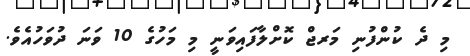
މި ދެ ކުންފުނި މަރޖް ކޮށްލާފައިވަނީ މި މަހުގެ 10 ވަނަ ދުވަހުއެވެ.